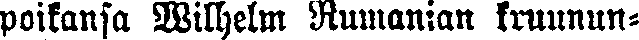
poikansa Wilhelm Rumanian kruunun-